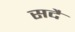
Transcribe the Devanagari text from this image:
सदै